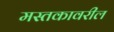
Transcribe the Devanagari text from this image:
मस्तकावरील